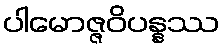
ပါမောဇ္ဇဝိပန္နဿ